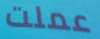
عملت